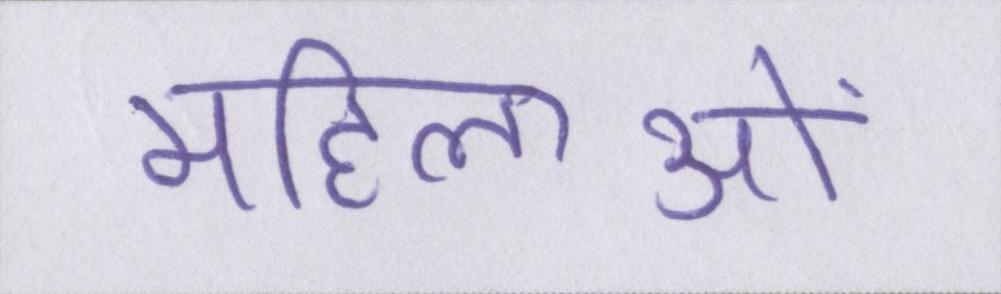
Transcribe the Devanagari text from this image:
महिलाओं